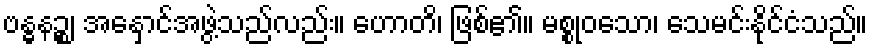
ဗန္ဓနဉ္စ၊ အနှောင်အဖွဲ့သည်လည်း။ ဟောတိ၊ ဖြစ်၏။ မစ္စုဝသော၊ သေမင်းနိုင်ငံသည်။